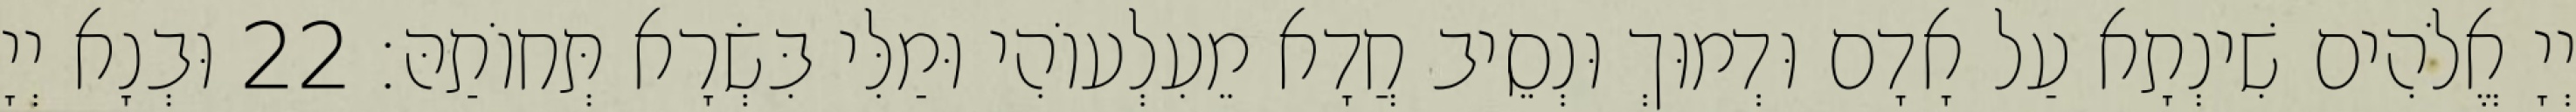
יְיָ אֱלֹהִים שִׁינְתָא עַל אָדָם וּדְמוּךְ וּנְסֵיב חֲדָא מֵעִלְעוֹהִי וּמַלִּי בִּשְׂרָא תְּחוֹתַהּ׃ 22 וּבְנָא יְיָ